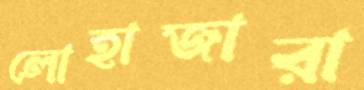
লোহাজারা